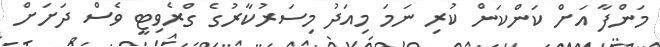
މަންފާ އަށް ކަންކަން ކުރި ނަމަ މިއަދު މިސަރުކާރުގެ ގްރެވިޓީ ވެސް ދަށަށް